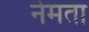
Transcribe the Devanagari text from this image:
नेमता